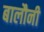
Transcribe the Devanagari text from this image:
बालौनी